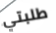
طلبتي